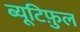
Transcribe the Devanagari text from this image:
ब्यूटिफ़ुल